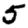
Digit: 5